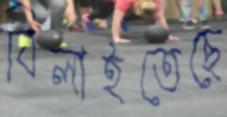
বিলাইতেছে